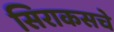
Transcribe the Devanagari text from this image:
सिराकसचे